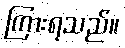
ကြားရသည်။